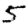
Digit: 5